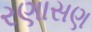
રણાસણ